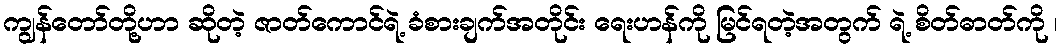
ကျွန်တော်တို့ဟာ ဆိုတဲ့ ဇာတ်ကောင်ရဲ့ ခံစားချက်အတိုင်း ရေးဟန်ကို မြင်ရတဲ့အတွက် ရဲ့ စိတ်ဓာတ်ကို ၊